Civil Veterinary Dept. Bombay admin report 1907-1913 - 1907-1913
Year: 1907
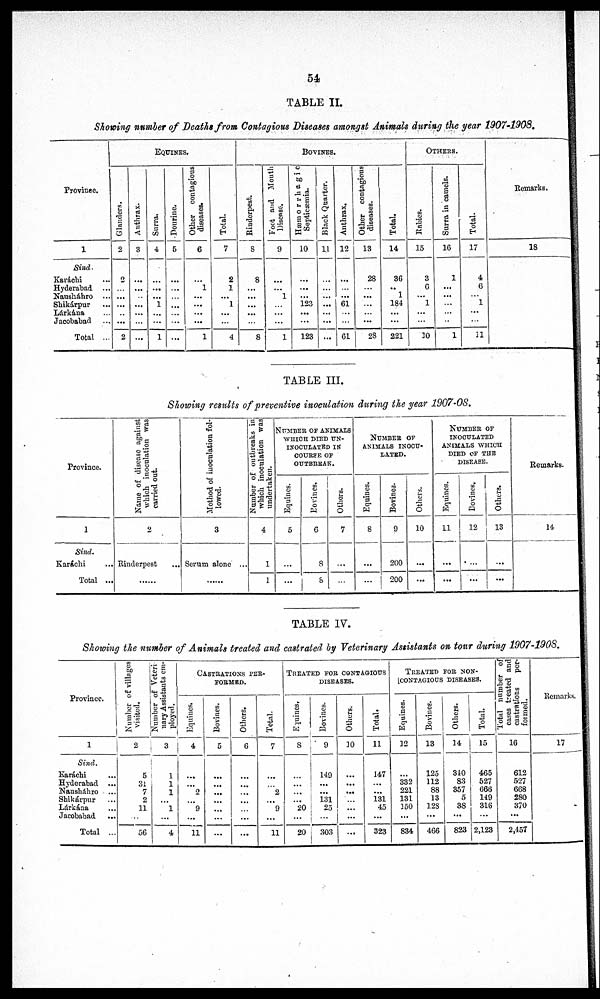
54
TABLE II.
Showing number of Deaths from Contagious Diseases amongst Animals during the year 1907-1908.
Province.
1
Sind.
Karáchi ...
Hyderabad ...
Nausháhro ...
Shikárpur ...
Lárkána ...
Jacobabad ...
Total ...
Equines.
Glanders.
2
2
...
...
...
2
Anthrax.
3
...
...
...
...
...
...
...
Surra.
4
...
...
...
1
...
...
1
Dourine.
5
...
...
...
...
...
...
...
Other contagious
diseases
6
...
1
...
...
...
...
1
Total.
7
2
1
...
1
...
...
4
BOVI NES.
Rinderpest.
8
8
...
...
...
...
...
8
Foot and Mouth
Disease.
9
...
...
1
...
...
...
1
Hæmorrhagic
Septicæmia.
10
...
...
...
123
...
...
123
Black Quarter.
11
...
...
...
...
...
...
...
Anthrax.
12
...
...
...
61
...
...
61
Other contagious
diseases.
13
28
...
...
...
... ...
2S
Total.
14
36
..
1
184
...
...
221
Others.
Rabies.
15
3
6
...
1
...
...
30
Surra in camels.
16
1
...
...
...
...
...
1
Total.
17
4
6
... 1
...
...
11
Remarks.
18
TABLE III.
Showing results of preventive inoculation during the year 1907-08.
Province.
1
Sind.
Karachi ...
Total ...
Name of disease against
which inoculation was
carried out.
2
Rinderpest ...
......
Method of inoculation fol-
lowed.
3
Serum alone ...
.......
Number of outbreaks in
which inoculation was
undertaken.
4
1
1
Number of animals
which died un-
I NOCULATED IN
COURSE OF
OUTBREAK.
Equines.
5
...
...
Bovines.
6
8
8
Others.
7
...
...
NUMBER OF
ANI MALS I NOCU-
LATED.
Equines.
8
...
...
Bovines.
9
200
200
Others.
10
...
...
Number of
inoculated
animals which
died of the
DI SEASE.
Equines.
11
...
...
Bovines.
12
...
...
Others.
13
...
...
Remarks.
14
TABLE IV.
Showing the number of Animals treated and castrated by Veterinary Assistants on tour during 1907-19
Province.
1
Sind.
Karáchi ...
Hyderabad ...
Nausháhro ...
Shikárpur ...
Lárkána ...
Jacobabad ...
Total ...
Number of villages
visited.
2
5
...
7
2
11
...
56
Number of Veteri-
nary Assistants em-
ployed.
3
1
1
1
... 1
...
4
Castrations per-
formed.
Equines.
4
...
...
25
... 9
...
11
Bovines.
5
...
...
...
...
...
...
...
Others.
6
...
...
...
...
...
...
...
Total.
7
...
...
2
... 9
...
11
Treated for contagious
diseases.
Equines,
8
...
...
...
...
20
...
20
Bovines.
9
149
...
...
131
25
...
303
Others.
10
...
...
...
... ...
...
...
Total.
11
147
...
...
131
45
...
323
Treated for non-
contagious DI SEASES.
Equines.
12
...
332
221
131.
350
...
834
Bovines.
13
125
112
88
13
123
...
466
Others.
34
310
83
357
5
38
...
823
Total.
15
465
527
666
149
316
...
2,123
Total number of
cases treated and
castrations per-
formed.
16
612
527
668
280
370
...
2, 457
Remarks,
17